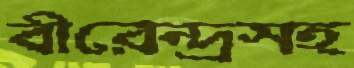
বীরেন্দ্রসহ